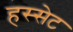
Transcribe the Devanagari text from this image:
हस्सेट